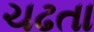
ચઢતા